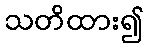
သတိထား၍